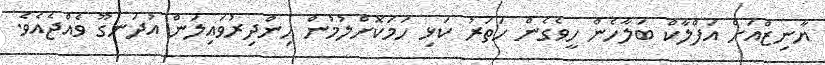
ޔާނިޒްއަށް އަފްލާކް ބަލާހެން ހީވެގެން ހަތަރު ކަޅި ހަމަކޮށްލުމުން ހިންދިރުވައިލަން އުދަނގޫ ވެއްޖެއެވެ.